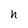
Character: h